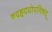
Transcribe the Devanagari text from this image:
रुद्रहृदयोपनिषद्